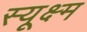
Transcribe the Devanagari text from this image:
स्यूक्ष्म